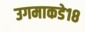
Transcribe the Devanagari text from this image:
उगमाकडे१८